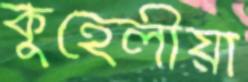
কুহেলীয়া